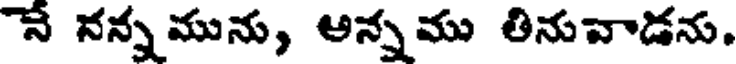
నే నన్న మును, అన్నము తినువాడను.